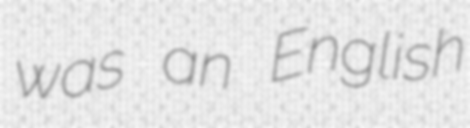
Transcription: was an English